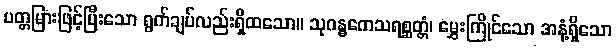
ပတ္တမြားဖြင့်ပြီးသော ရွက်ချပ်လည်းရှိထသော။ သုဂန္ဓကေသရစ္ဆတ္တံ၊ မွှေးကြိုင်သော အနံ့ရှိသော